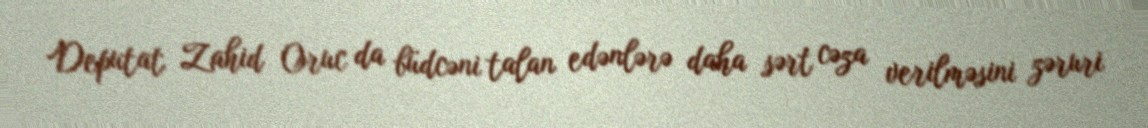
Deputat Zahid Oruc da büdcəni talan edənlərə daha sərt cəza verilməsini zəruri